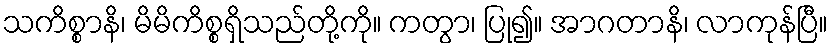
သကိစ္စာနိ၊ မိမိကိစ္စရှိသည်တို့ကို။ ကတွာ၊ ပြု၍။ အာဂတာနိ၊ လာကုန်ပြီ။